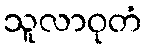
သူလာဝုတံ